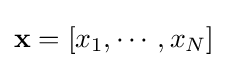
\mathbf {x} =\left[x_{1},\cdots ,x_{N}\right]